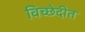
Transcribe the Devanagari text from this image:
विच्छेदीत